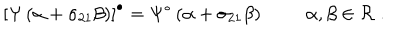
LaTeX: \left[ \Psi \left( \alpha + \sigma _ { 2 1 } \beta \right) \right] ^ { \bullet } = \Psi ^ { \bullet } \left( \alpha + \sigma _ { 2 1 } \beta \right) \alpha , \beta \in { \cal R } ~ .